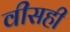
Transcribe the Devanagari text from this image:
वीसही